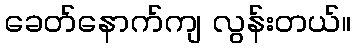
ခေတ်နောက်ကျ လွန်းတယ်။